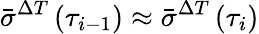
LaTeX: \bar{\sigma}^{\Delta T}\left(\tau_{i-1}\right)\approx\bar{\sigma}^{\Delta T}\left(\tau_{i}\right)